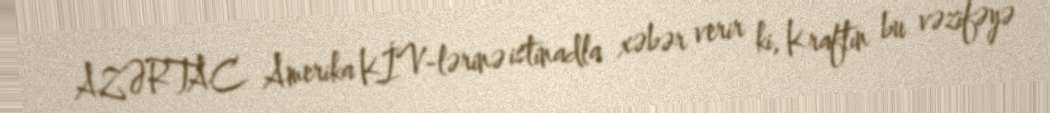
AZƏRTAC Amerika KİV-lərinə istinadla xəbər verir ki, Kraftın bu vəzifəyə